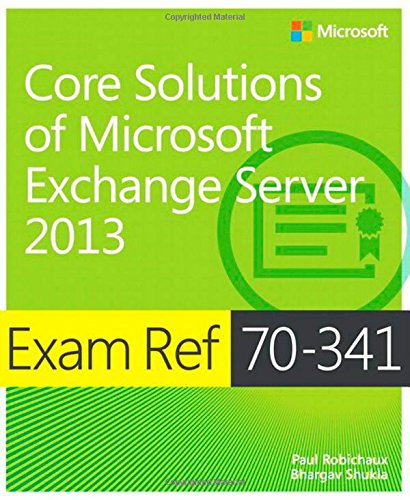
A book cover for Exam Ref 70-341 Core Solutions of Microsoft Exchange Server 2013 (MCSE); Paul Robichaux; Computers & Technology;